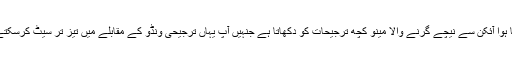
- تیرتا ہوا آئکن سے نیچے گرنے والا مینو کچھ ترجیحات کو دکھاتا ہے جنہیں آپ یہاں ترجیحی ونڈو کے مقابلے میں تیز تر سیٹ کرسکتے ہیں۔